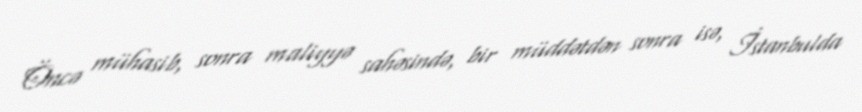
Öncə mühasib, sonra maliyyə sahəsində, bir müddətdən sonra isə, İstanbulda